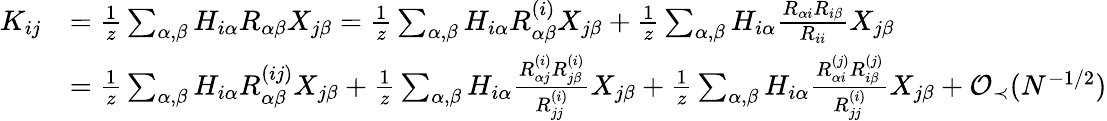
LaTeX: \begin{array}{rl}{K_{ij}}&{=\frac{1}{z}\sum_{\alpha,\beta}H_{i\alpha}R_{\alpha\beta}X_{j\beta}=\frac{1}{z}\sum_{\alpha,\beta}H_{i\alpha}R_{\alpha\beta}^{(i)}X_{j\beta}+\frac{1}{z}\sum_{\alpha,\beta}H_{i\alpha}\frac{R_{\alpha i}R_{i\beta}}{R_{ii}}X_{j\beta}}\\ &{=\frac{1}{z}\sum_{\alpha,\beta}H_{i\alpha}R_{\alpha\beta}^{(ij)}X_{j\beta}+\frac{1}{z}\sum_{\alpha,\beta}H_{i\alpha}\frac{R_{\alpha j}^{(i)}R_{j\beta}^{(i)}}{R_{jj}^{(i)}}X_{j\beta}+\frac{1}{z}\sum_{\alpha,\beta}H_{i\alpha}\frac{R_{\alpha i}^{(j)}R_{i\beta}^{(j)}}{R_{jj}^{(i)}}X_{j\beta}+{\mathcal O}_{\prec}(N^{-1/2})}\end{array}